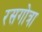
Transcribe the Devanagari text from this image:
रसगोत्रा